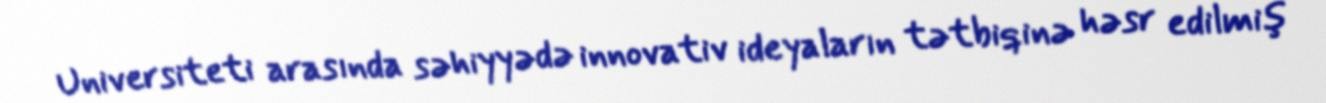
Universiteti arasında səhiyyədə innovativ ideyaların tətbiqinə həsr edilmiş